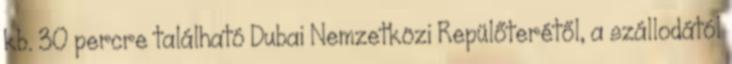
kb. 30 percre található Dubai Nemzetközi Repülőterétől, a szállodától